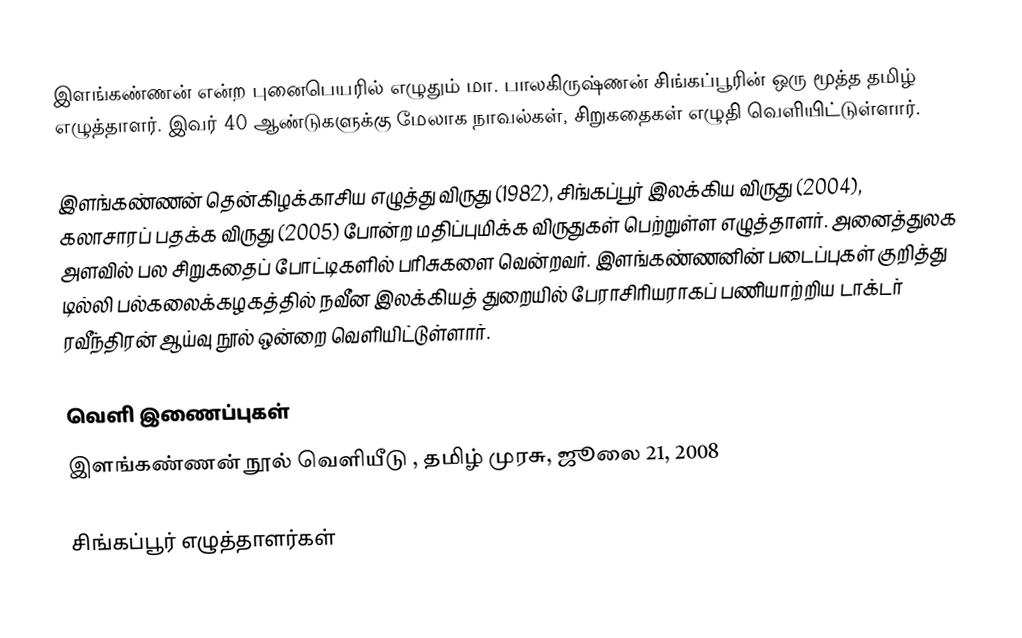
இளங்கண்ணன் என்ற புனைபெயரில் எழுதும் மா. பாலகிருஷ்ணன் சிங்கப்பூரின் ஒரு மூத்த தமிழ் எழுத்தாளர். இவர் 40 ஆண்டுகளுக்கு மேலாக நாவல்கள், சிறுகதைகள் எழுதி வெளியிட்டுள்ளார்.

இளங்கண்ணன் தென்கிழக்காசிய எழுத்து விருது (1982), சிங்கப்பூர் இலக்கிய விருது (2004), கலாசாரப் பதக்க விருது (2005) போன்ற மதிப்புமிக்க விருதுகள் பெற்றுள்ள எழுத்தாளர். அனைத்துலக அளவில் பல சிறுகதைப் போட்டிகளில் பரிசுகளை வென்றவர். இளங்கண்ணனின் படைப்புகள் குறித்து டில்லி பல்கலைக்கழகத்தில் நவீன இலக்கியத் துறையில் பேராசிரியராகப் பணியாற்றிய டாக்டர் ரவீந்திரன் ஆய்வு நூல் ஒன்றை வெளியிட்டுள்ளார்.

வெளி இணைப்புகள்
 இளங்கண்ணன் நூல் வெளியீடு , தமிழ் முரசு, ஜூலை 21, 2008

சிங்கப்பூர் எழுத்தாளர்கள்